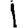
Digit: 1